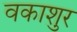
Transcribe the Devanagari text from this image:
वकाशुर